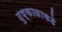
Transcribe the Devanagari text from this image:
दुष्काळाकडे